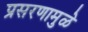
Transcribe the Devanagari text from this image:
प्रसरणामुळे